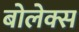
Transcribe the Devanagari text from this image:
बोलेक्स